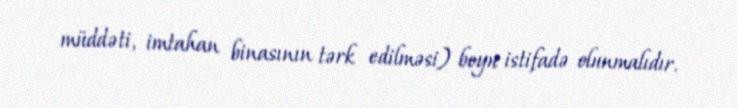
müddəti, imtahan binasının tərk edilməsi) boyu istifadə olunmalıdır.